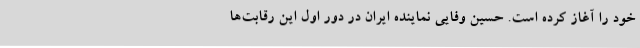
خود را آغاز کرده است. حسین وفایی نماینده ایران در دور اول این رقابت‌ها